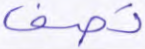
تصف